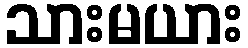
သားမယား